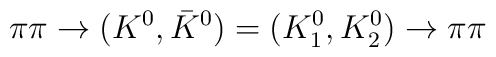
\pi\pi\to(K^{0},\bar K^{0})=(K^{0}_1,K_2^{0})\to\pi\pi